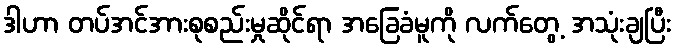
ဒါဟာ တပ်အင်အားစုစည်းမှုဆိုင်ရာ အခြေခံမူကို လက်တွေ့ အသုံးချပြီး